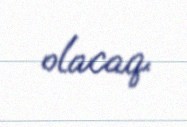
olacaq.